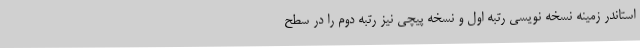
استاندر زمینه نسخه نویسی رتبه اول و نسخه پیچی نیز رتبه دوم را در سطح